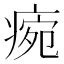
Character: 𤷧